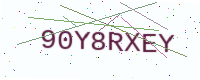
Text: 90Y8RXEY